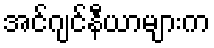
အင်ဂျင်နီယာများက